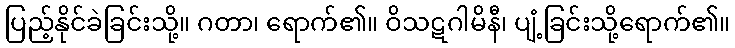
ပြည့်နိုင်ခဲခြင်းသို့။ ဂတာ၊ ရောက်၏။ ဝိသဋဂါမိနီ၊ ပျံ့ခြင်းသို့ရောက်၏။